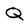
Character: Q